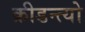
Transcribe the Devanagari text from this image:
क्रीडन्त्यो